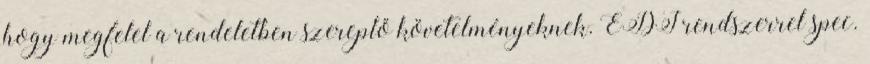
hogy megfelel a rendeletben szereplő követelményeknek. EDI rendszerrel spec.